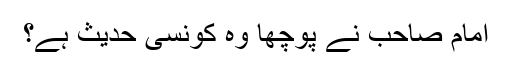
امام صاحب نے پوچھا وہ کونسی حدیث ہے؟